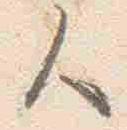
人